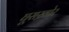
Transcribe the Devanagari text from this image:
घूसख़ोर